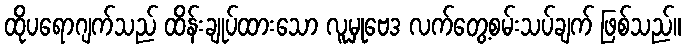
ထိုပရောဂျက်သည် ထိန်းချုပ်ထားသော လူမှုဗေဒ လက်တွေ့စမ်းသပ်ချက် ဖြစ်သည်။